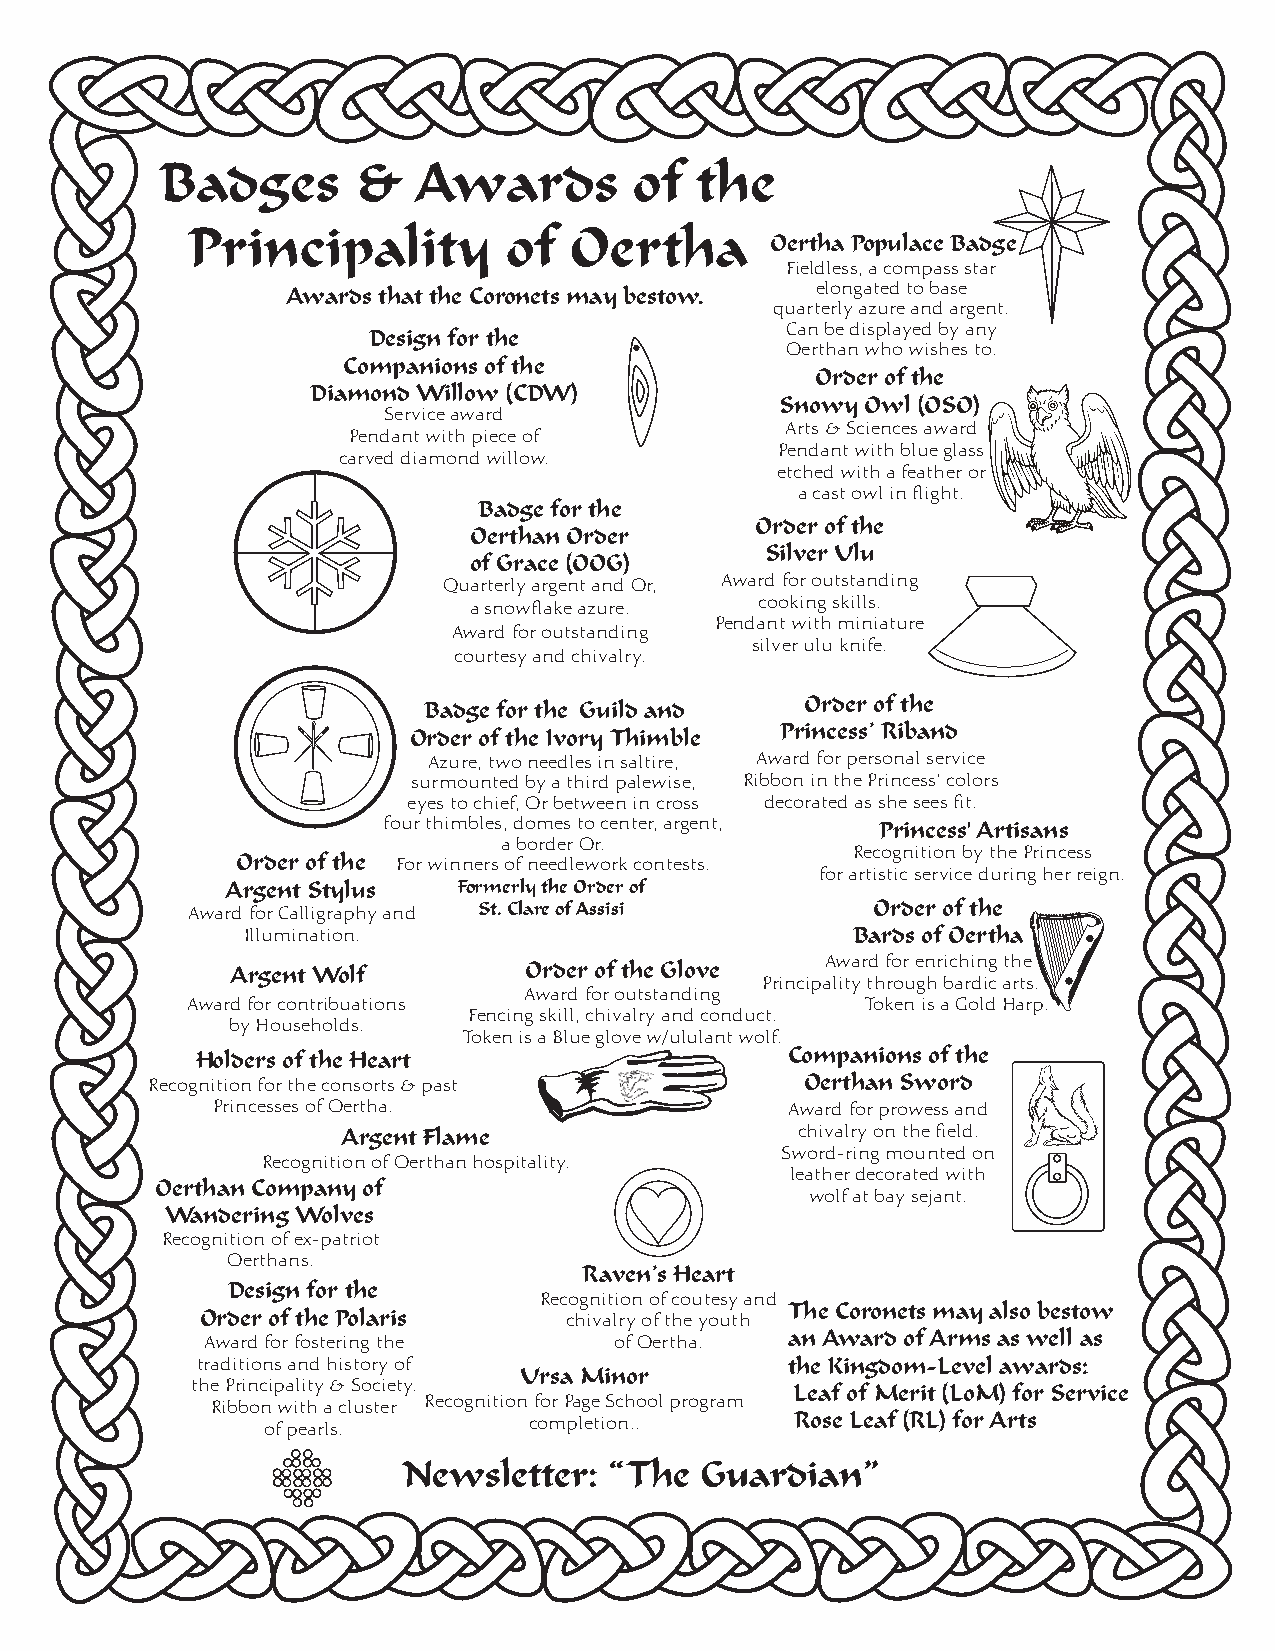
Badges      &    Awards        of  the
 Principality          of  Oertha
 Oertha Populace Badge
 Fieldless, a compass star
 Awards that the Coronets may bestow. elongated to base
 quarterly azure and argent.
 Can be displayed by any
 Design for the
 Oerthan who wishes to.
 Companions of the
 Order of the
 Diamond Willow (CDW)
 Snowy Owl (OSO)
 Service award
 Arts & Sciences award
 Pendant with piece of
 Pendant with blue glass
 carved diamond willow.
 etched with a feather or
 a cast owl in flight.
 Badge for the
 Order of the
 Oerthan Order
 Silver Ulu
 of Grace (OOG)
 Quarterly argent and Or, Award for outstanding
 cooking skills.
 a snowflake azure.
 Pendant with miniature
 Award for outstanding
 silver ulu knife.
 courtesy and chivalry.
 Order of the
 Badge for the Guild and
 Princess’ Riband
 Order of the Ivory Thimble
 Azure, two needles in saltire, Award for personal service
 surmounted by a third palewise, Ribbon in the Princess’ colors
 eyes to chief, Or between in cross decorated as she sees fit.
 four thimbles, domes to center, argent, Princess' Artisans
 a border Or.
 Recognition by the Princess
 Order of the For winners of needlework contests.
 for artistic service during her reign.
 Argent Stylus  Formerly the Order of
 Award for Calligraphy and St. Clare of Assisi Order of the
 Illumination.                           Bards of Oertha
 Awardf ore nrichingt he
 Argent Wolf         Order of the Glove
 Principalitythro ughbard icarts.
 Award for outstanding
 Award for contribuations                     Toke n is aGo ldHarp.
 Fencing skill, chivalry and conduct.
 by Households.
 Token is a Blue glove w/ululant wolf.
 Holders of the Heart                   Companions of the
 Recognition for the consorts & past        Oerthan Sword
 Princesses of Oertha.                 Award for prowess and
 Argent Flame                  chivalry on the field.
 Sword-ring mounted on
 Recognition of Oerthan hospitality.
 leather decorated with
 Oerthan Company of
 wolf at bay sejant.
 Wandering Wolves
 Recognition of ex-patriot
 Oerthans.
 Raven’s Heart
 Design for the
 Recognition of coutesy and
 The Coronets may also bestow
 Order of the Polaris    chivalry of the youth
 Award for fostering the     of Oertha. an Award of Arms as well as
 traditions and history of              the Kingdom-Level awards:
 Ursa Minor
 the Principality & Society.             Leaf of Merit (LoM) for Service
 Ribbon with a cluster Recognition for Page School program
 of pearls.       completion..      Rose Leaf (RL) for Arts
 Newsletter:  “The  Guardian”